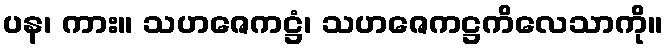
ပန၊ ကား။ သဟဇေကဋ္ဌံ၊ သဟဇေကဋ္ဌကိလေသာကို။